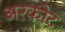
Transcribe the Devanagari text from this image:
अरकोट